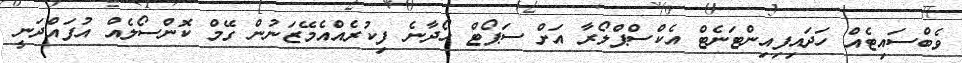
ވެބްސައިޓެއް ހަދައިފިއިންޓަނެޓް އެކްސްޕްލޯރާ އަށް ސަޕޯޓް ހޯދާނެ ފިކުރެއްއެމޭޒަނުން ގޭމް ކޮންސޯލެއް އުފައްދަނީ